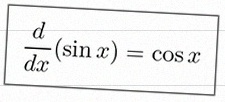
\frac{d}{dx}(\sin x)=\cos x